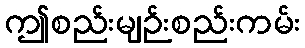
ဤစည်းမျဉ်းစည်းကမ်း